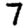
Digit: 7